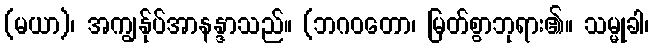
(မယာ)၊ အကျွန်ုပ်အာနန္ဒာသည်။ (ဘဂဝတော၊ မြတ်စွာဘုရား၏။ သမ္မုခါ၊